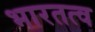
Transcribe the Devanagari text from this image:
भारतत्व